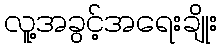
လူ့အခွင့်အရေးချိုး